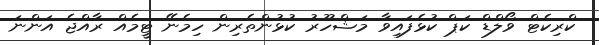
ކްރިކެޓް ވޯލްޑް ކަޕް ކުޅެފައިވާ މަޝްހޫރު ކުޅުންތެރިން ހިމެނޭ ޓީމެއް ރާއްޖެ އަންނަ